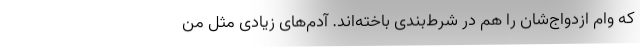
که وام ازدواج‌شان را هم در شرط‌بندی باخته‌اند. آدم‌های زیادی مثل من